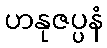
ဟနုဇပ္ပနံ